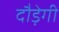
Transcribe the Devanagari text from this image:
दौड़ेगी